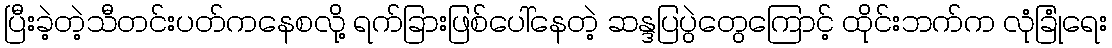
ပြီးခဲ့တဲ့သီတင်းပတ်ကနေစလို့ ရက်ခြားဖြစ်ပေါ်နေတဲ့ ဆန္ဒပြပွဲတွေကြောင့် ထိုင်းဘက်က လုံခြုံရေး